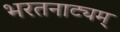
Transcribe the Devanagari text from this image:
भरतनाट्यम्‌